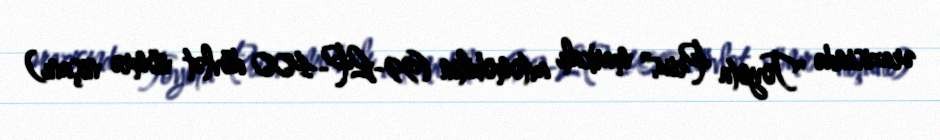
ərazisində "Toyota Prius" markalı avtomobilin (99-LP-400 dövlət nömrə nişanı)